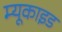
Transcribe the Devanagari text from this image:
म्यूकाइड